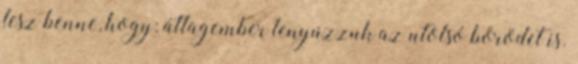
lesz benne, hogy: átlagember lenyúzzuk az utolsó bőrödet is.